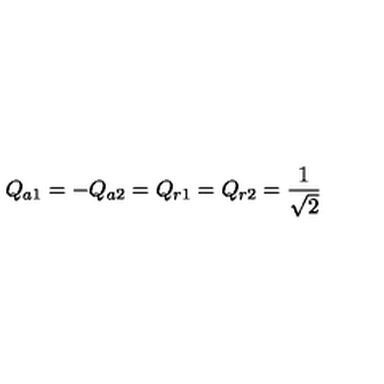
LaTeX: Q _ { a 1 } = - Q _ { a 2 } = Q _ { r 1 } = Q _ { r 2 } = { \frac { 1 } { \sqrt { 2 } } }